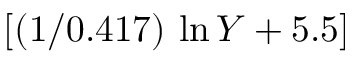
[ ( 1 / 0 . 4 1 7 ) \, \ln { Y } + 5 . 5 ]